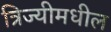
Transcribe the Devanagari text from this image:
त्रिज्यीमधील